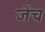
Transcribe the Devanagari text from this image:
जेंच